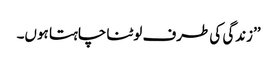
’’زندگی کی طرف لوٹنا چاہتا ہوں۔